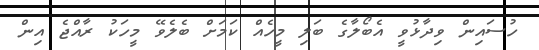
ހުސައިން ވިދާޅުވީ އެބޯލާގެ ބަލި މީހެއް ކަމަށް ބެލެވޭ މީހަކު ރާއްޖެ އިން